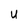
Character: U